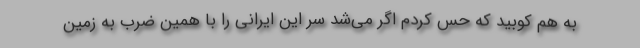
به هم کوبید که حس کردم اگر می‌شد سر این ایرانی را با همین ضرب به زمین